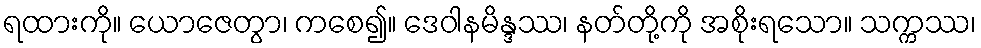
ရထားကို။ ယောဇေတွာ၊ ကစေ၍။ ဒေဝါနမိန္ဒဿ၊ နတ်တို့ကို အစိုးရသော။ သက္ကဿ၊